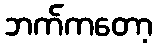
ဘက်ကတော့